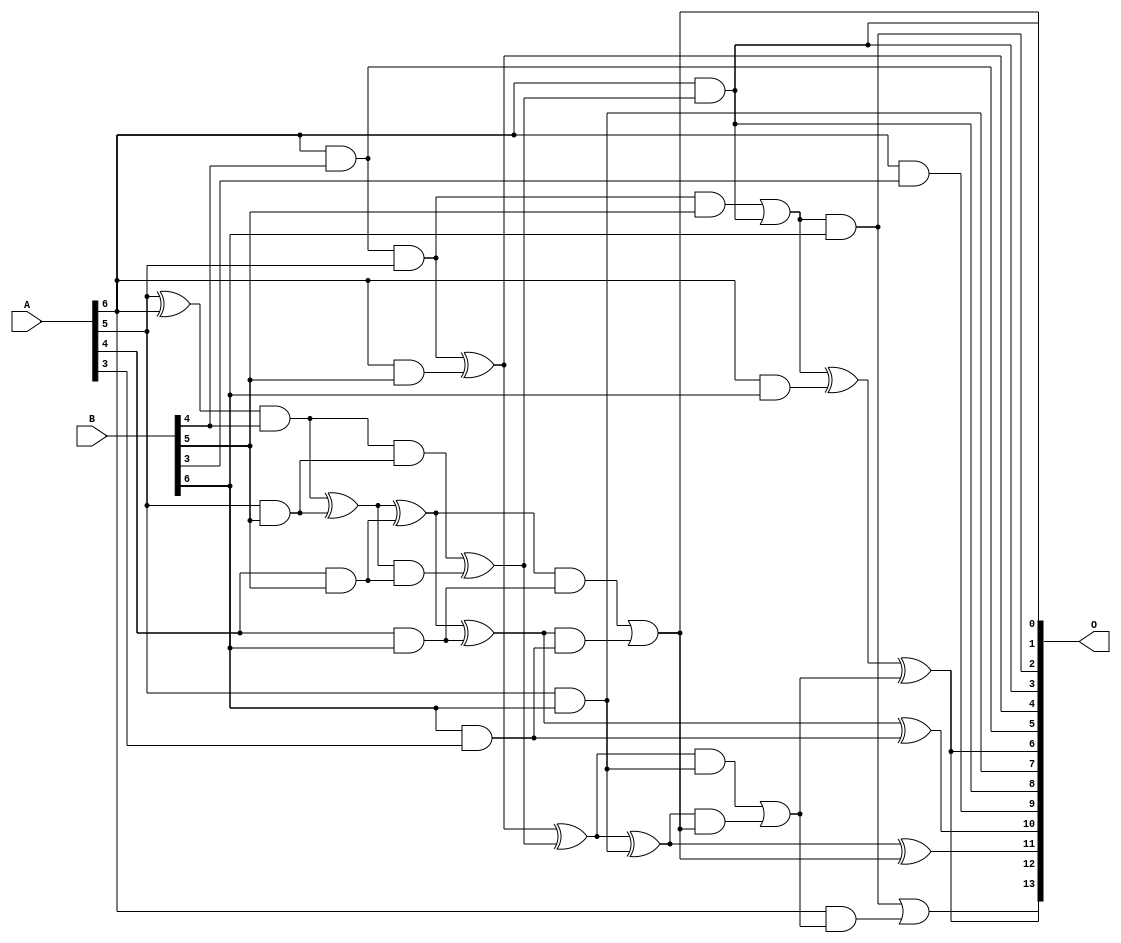
/***
* This code is a part of EvoApproxLib library (ehw.fit.vutbr.cz/approxlib) distributed under The MIT License.
* When used, please cite the following article(s): V. Mrazek, S. S. Sarwar, L. Sekanina, Z. Vasicek and K. Roy, "Design of power-efficient approximate multipliers for approximate artificial neural networks," 2016 IEEE/ACM International Conference on Computer-Aided Design (ICCAD), Austin, TX, 2016, pp. 1-7. doi: 10.1145/2966986.2967021 
* This file contains a circuit from a sub-set of pareto optimal circuits with respect to the pwr and mse parameters
***/
// MAE% = 2.27 %
// MAE = 373 
// WCE% = 9.87 %
// WCE = 1617 
// WCRE% = 100.00 %
// EP% = 98.31 %
// MRE% = 28.23 %
// MSE = 215095 
// PDK45_PWR = 0.034 mW
// PDK45_AREA = 114.0 um2
// PDK45_DELAY = 0.53 ns


module mul7u_013(A, B, O);
  input [6:0] A, B;
  output [13:0] O;
  wire [6:0] A, B;
  wire [13:0] O;
  wire sig_169, sig_172, sig_173, sig_179, sig_180, sig_202;
  wire sig_203, sig_204, sig_205, sig_206, sig_207, sig_209;
  wire sig_211, sig_212, sig_217, sig_219, sig_236, sig_237;
  wire sig_238, sig_239, sig_242, sig_243, sig_244, sig_246;
  wire sig_247, sig_249;
  assign sig_169 = A[5] ^ A[6];
  assign O[5] = A[6] & B[4];
  assign sig_172 = sig_169 & B[4];
  assign sig_173 = O[5] & A[5];
  assign sig_179 = A[5] & B[5];
  assign sig_180 = A[6] & B[5];
  assign O[9] = A[6] & B[3];
  assign sig_202 = A[4] & B[5];
  assign sig_203 = sig_172 ^ sig_179;
  assign sig_204 = sig_172 & sig_179;
  assign sig_205 = sig_203 & sig_202;
  assign sig_206 = sig_203 ^ sig_202;
  assign sig_207 = sig_204 ^ sig_205;
  assign O[4] = sig_173 ^ sig_180;
  assign sig_209 = sig_173 & B[5];
  assign O[0] = A[6] & sig_207;
  assign sig_211 = O[4] ^ sig_207;
  assign sig_212 = sig_209 | O[0];
  assign sig_217 = A[4] & B[6];
  assign O[7] = A[5] & B[6];
  assign sig_219 = A[6] & B[6];
  assign sig_236 = B[6] & A[3];
  assign sig_237 = sig_206 ^ sig_217;
  assign sig_238 = sig_206 & sig_217;
  assign sig_239 = sig_237 & sig_236;
  assign O[10] = sig_237 ^ sig_236;
  assign O[1] = sig_238 | sig_239;
  assign sig_242 = sig_211 ^ O[7];
  assign sig_243 = sig_211 & O[7];
  assign sig_244 = sig_242 & O[1];
  assign O[11] = sig_242 ^ O[1];
  assign sig_246 = sig_243 | sig_244;
  assign sig_247 = sig_212 ^ sig_219;
  assign O[2] = sig_212 & B[6];
  assign sig_249 = A[6] & sig_246;
  assign O[6] = sig_247 ^ sig_246;
  assign O[13] = O[2] | sig_249;
  assign O[3] = O[0];
  assign O[8] = O[0];
  assign O[12] = O[6];
endmodule